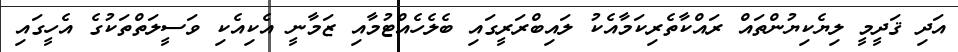
އަދި ޤަދީމީ ލިޔެކިޔުންތައް ރައްކާތެރިކަމާއެކު ލައިބްރަރީގައި ބެލެހެއްޓުމާއި ޒަމާނީ އެކިއެކި ވަސީލަތްތަކުގެ އެހީގައި